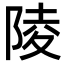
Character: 陵